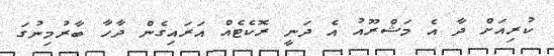
ކުރިއަށް ދާ އެ މަޝްރޫއު އެ ދަނީ ރޮކެޓެއް އަރައިގެން ދާހާ ބާރުމިނުގަ